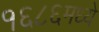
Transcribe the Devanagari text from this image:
१६८६मध्ये